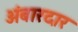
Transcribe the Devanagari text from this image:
अंबारदार